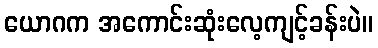
ယောဂက အကောင်းဆုံးလေ့ကျင့်ခန်းပဲ။